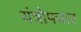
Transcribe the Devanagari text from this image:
यंत्रोपचार